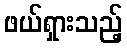
ဖယ်ရှားသည့်